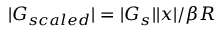
| G _ { s c a l e d } | = | G _ { s } | | \boldsymbol { x } | / \beta R